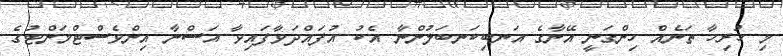
މި ހުރިހާ ތަނެއް ހިންގަނީ އޭނާގެ އަނބިކަނބަލުންނާ އެކު އުފައްދަވާފައިވާ އަސްނާ އިންވެސްޓްމަންޓުގެ